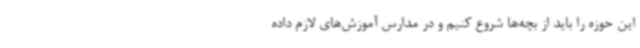
این حوزه را باید از بچه‌ها شروع کنیم و در مدارس آموزش‌های لازم داده